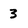
Character: 3